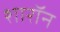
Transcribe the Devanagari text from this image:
शारॉन